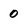
Character: 0